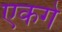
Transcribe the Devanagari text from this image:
एकगे